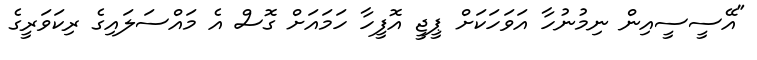
"އޭސީސީއިން ނިމުނުހާ އަވަހަކަށް ޕީޖީ އޮފީހާ ހަމައަށް ގޮސް އެ މައްސަލައިގެ ރިކަވަރީގެ